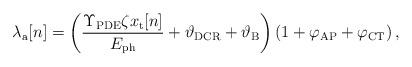
LaTeX: \begin{align*}\lambda_\mathrm{a}[n]=\left(\frac{\Upsilon_{\rm PDE}\zeta x_{\rm t}[n]}{E_{\rm ph}}+\vartheta_{\rm DCR}+\vartheta_{\rm B}\right)\left(1+\varphi_{\rm AP}+\varphi_{\rm CT}\right),\end{align*}